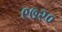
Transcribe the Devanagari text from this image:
९७२०